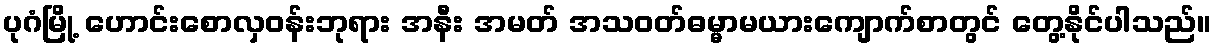
ပုဂံမြို့ ဟောင်းစောလှဝန်းဘုရား အနီး အမတ် အသဝတ်ဓမ္မာမယားကျောက်စာတွင် တွေ့နိုင်ပါသည်။